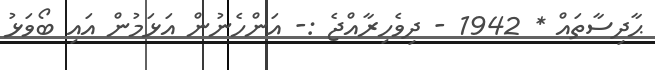
ޙާދިސާތައް * 1942 - ދިވެހިރާއްޖެ :- އަންހެނުން އަޅަމުން އައި ބޯވަޅު